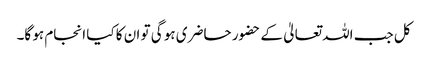
کل جب اللہ تعالیٰ کے حضور حاضری ہو گی تو ان کا کیا انجام ہو گا۔